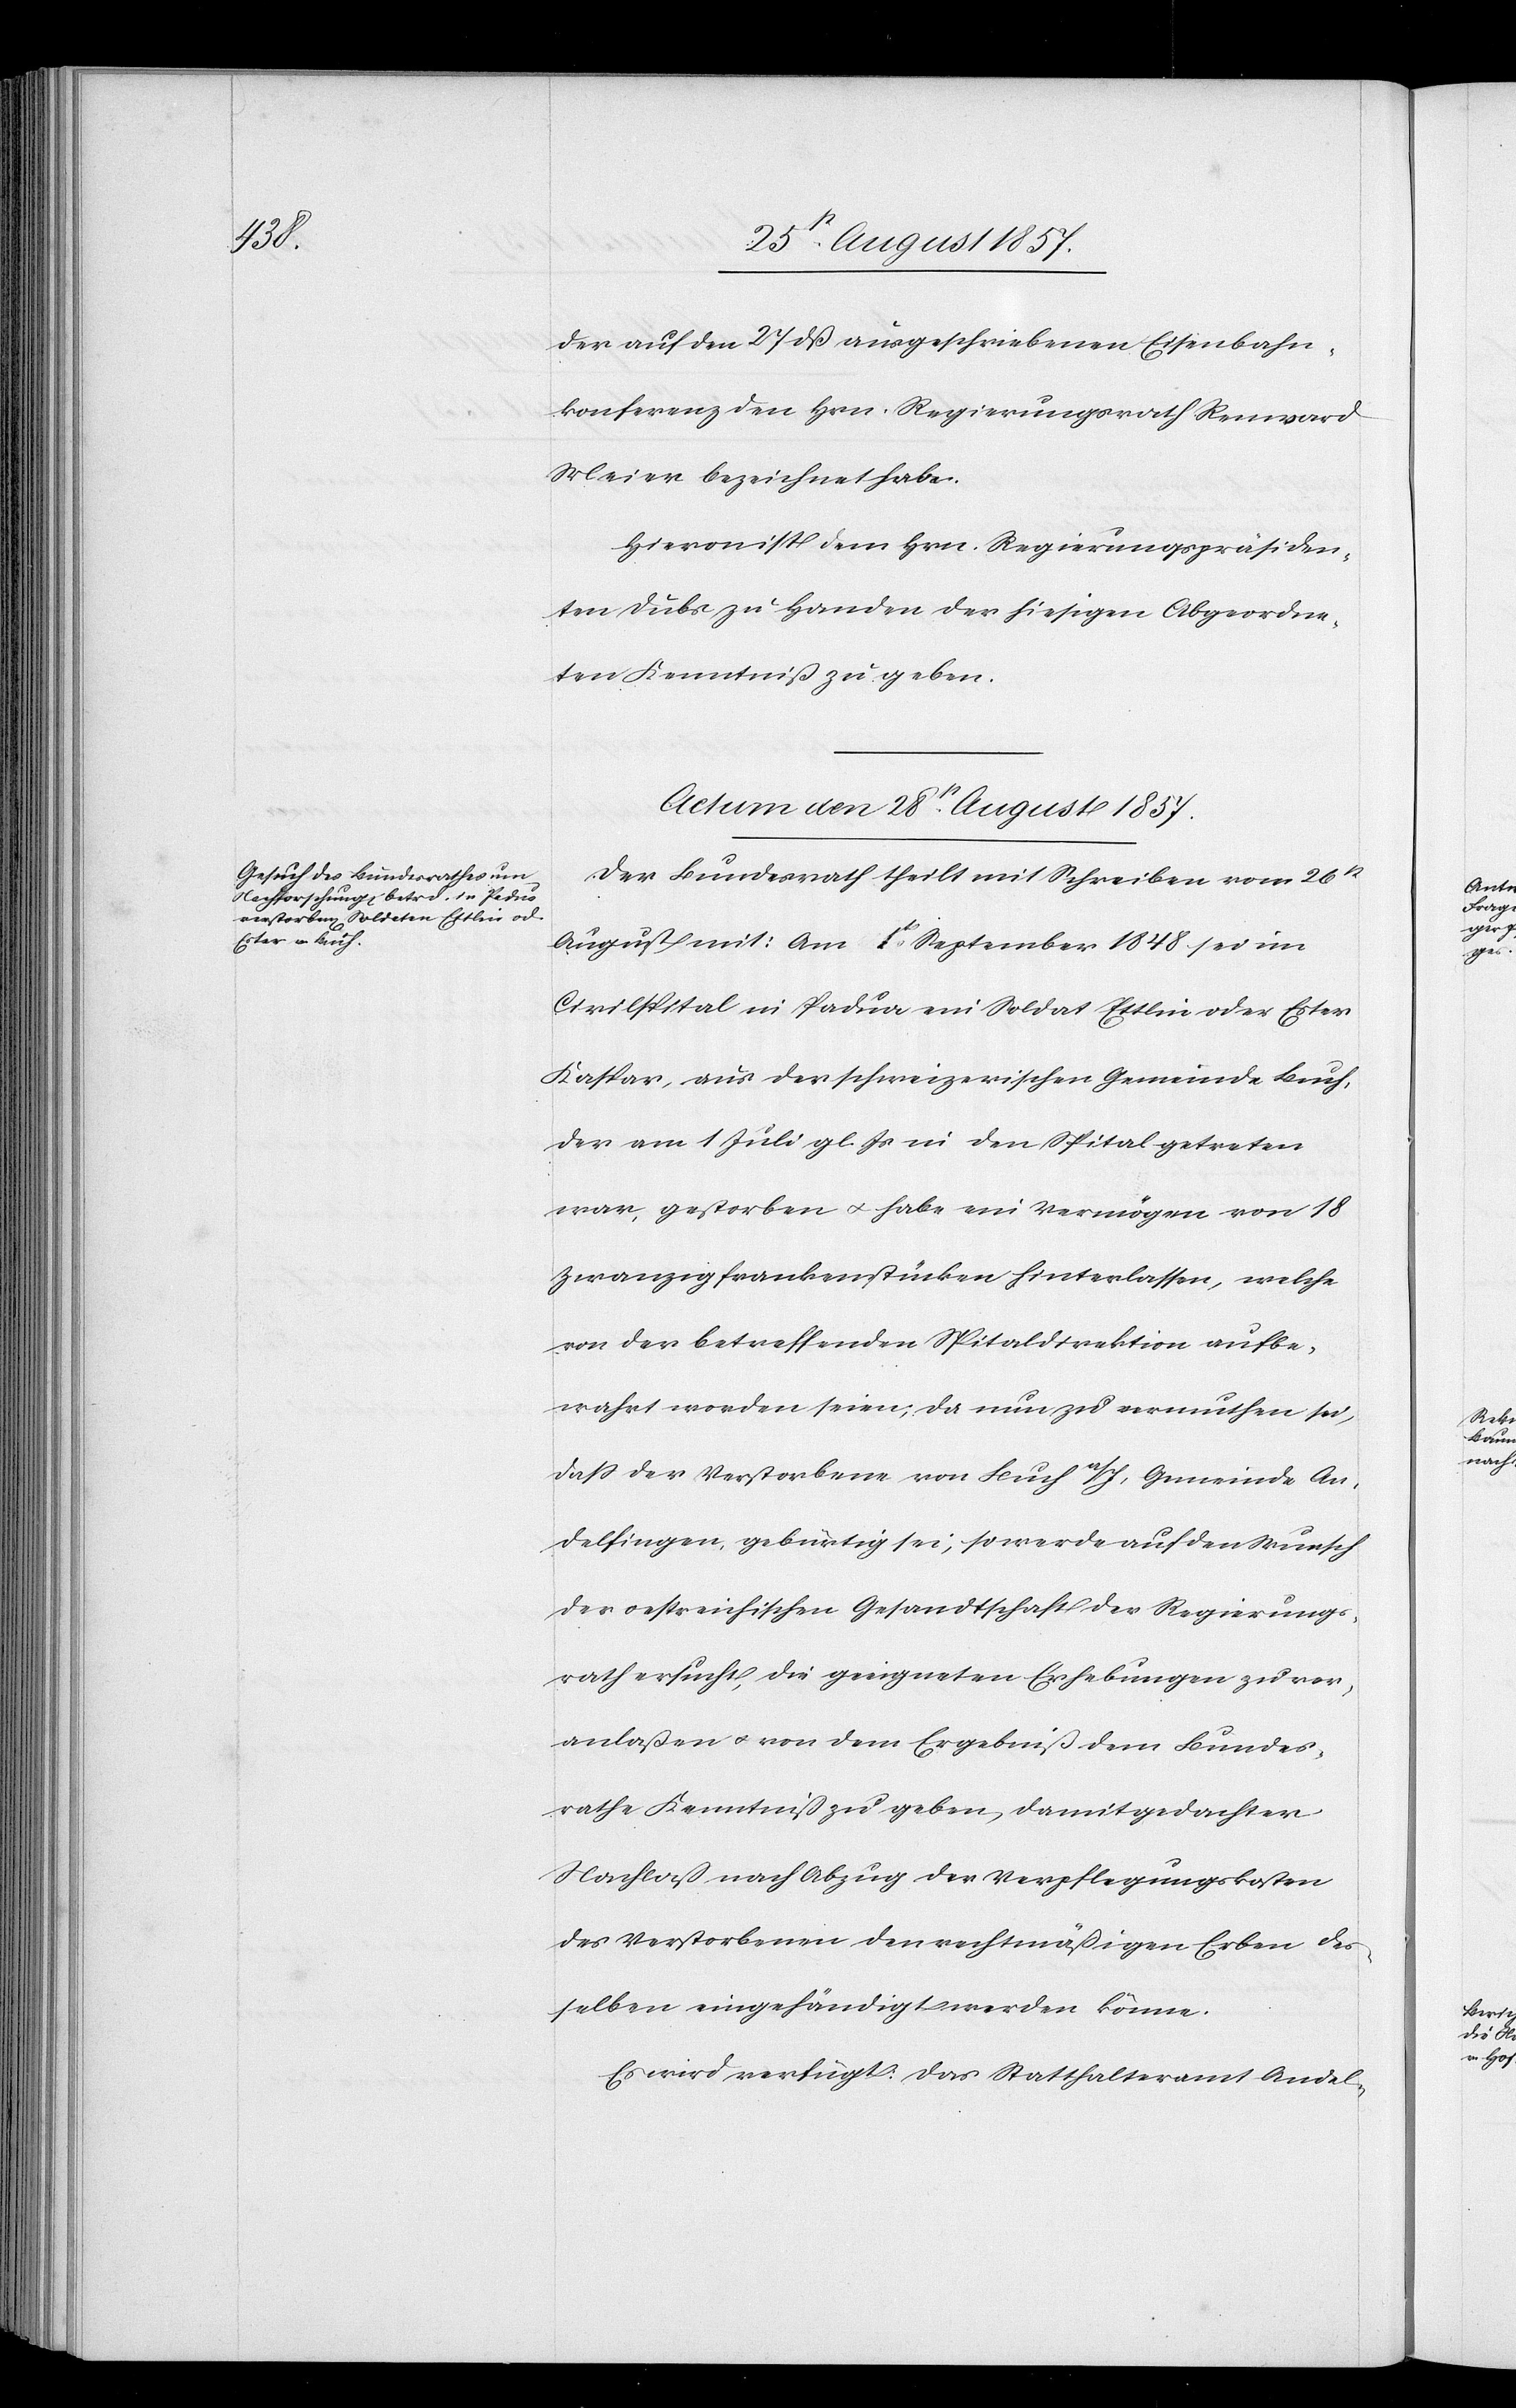
der auf den 27 dß ausgeschriebenen Eisenbahn¬
konferenz den Hrn. Regierungsrath Reinrard
Meier bezeichnet habe.
Hievon ist dem Hrn. Regierungspräsiden¬
ten Dubs zu Handen der hiesigen Abgeordne¬
ten Kenntniß zu geben.
Actum, den 28t August 1857.
Der Bundesrath theilt mit Schreiben vom 26t
August mit: Am 1t September 1848 sei im
Civilspital in Padua ein Soldat Ettlin oder Ester
Kaspar, aus der schweizerischen Gemeinde Buch,
der am 1 Juli gl. Js. in den Spital getreten
war, gestorben & habe ein Vermögen von 18
Zwanzigfrankenstücken hinterlassen, welche
von der betreffenden Spitaldirektion aufbe¬
wahrt worden seien, da nun zu vermuthen sei,
daß der Verstorbene von Buch a/I, Gemeinde An¬
delfingen, gebürtig sei, so werde auf den Wunsche
der oestreichischen Gesandtschaft der Regierungs¬
rath ersucht, die geeigneten Erhebungen zu ver¬
anlaßen & von dem Ergebniß dem Bundes¬
rathe Kenntniß zu geben, damit gedachter
Nachlaß nach Abzug der Verpflegungskosten
des Verstorbenen den rechtmäßigen Erben des¬
selben eingehändigt werden könne.
Es wird verfügt: das Statthalteramt Andel-